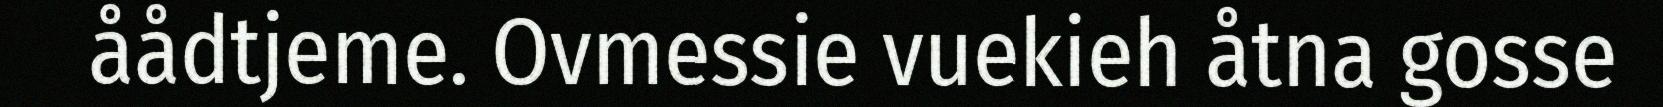
åådtjeme. Ovmessie vuekieh åtna gosse